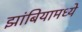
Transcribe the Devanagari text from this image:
झांबियामध्ये